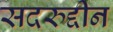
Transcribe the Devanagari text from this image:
सदरुद्दीन